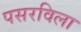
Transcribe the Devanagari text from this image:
पसरविला